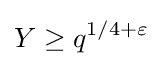
Y\geq q^{1/4+\varepsilon }